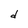
Character: d